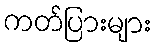
ကတ်ပြားများ